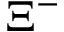
\Xi ^ { - }